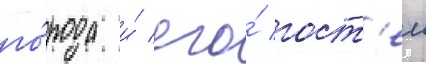
го́рода и́ его́ гост'еи